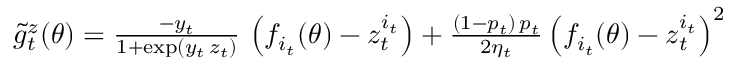
\begin{array} { r } { \tilde { g } _ { t } ^ { z } ( \theta ) = \frac { - y _ { t } } { 1 + \exp ( y _ { t } \, z _ { t } ) } \, \left( f _ { i _ { t } } ( \theta ) - z _ { t } ^ { i _ { t } } \right) + \frac { ( 1 - p _ { t } ) \, p _ { t } } { 2 { \eta _ { t } } } \left( f _ { i _ { t } } ( \theta ) - z _ { t } ^ { i _ { t } } \right) ^ { 2 } } \end{array}